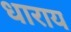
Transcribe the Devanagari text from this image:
धाराय